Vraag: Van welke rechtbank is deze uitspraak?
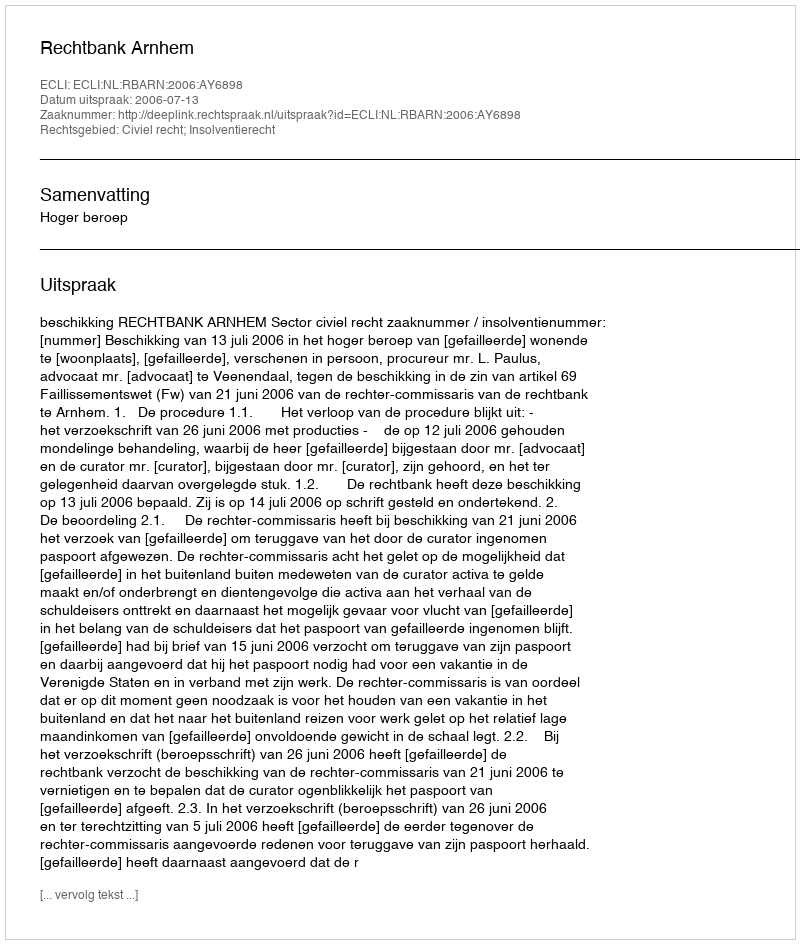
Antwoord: Rechtbank Arnhem